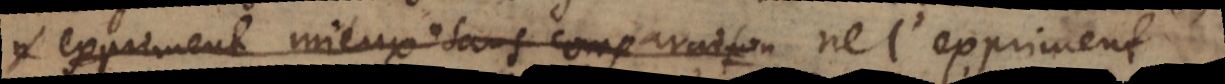
l’expriment mieux sans comparaison que ces